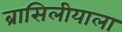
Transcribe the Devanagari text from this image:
ब्रासिलीयाला